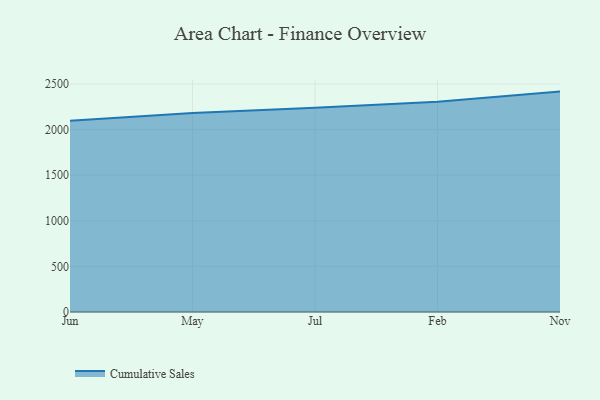
{"axis": {"x": "Month", "y": "Bounce Rate (%)"}, "legend": ["Cumulative Sales"], "data": [{"x": "Jun", "y": 2098.4, "type": "Cumulative Sales"}, {"x": "May", "y": 2182.8, "type": "Cumulative Sales"}, {"x": "Jul", "y": 2240.0, "type": "Cumulative Sales"}, {"x": "Feb", "y": 2306.8, "type": "Cumulative Sales"}, {"x": "Nov", "y": 2417.4, "type": "Cumulative Sales"}]}